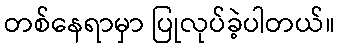
တစ်နေရာမှာ ပြုလုပ်ခဲ့ပါတယ်။